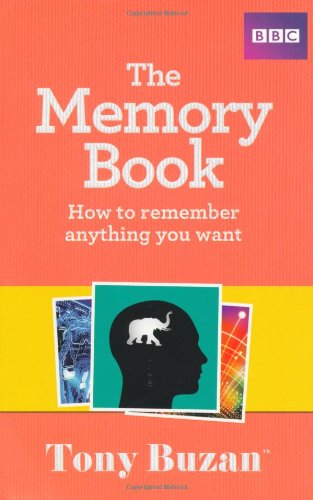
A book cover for The Memory Book: How to Remember Anything You Want; Tony Buzan; Self-Help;